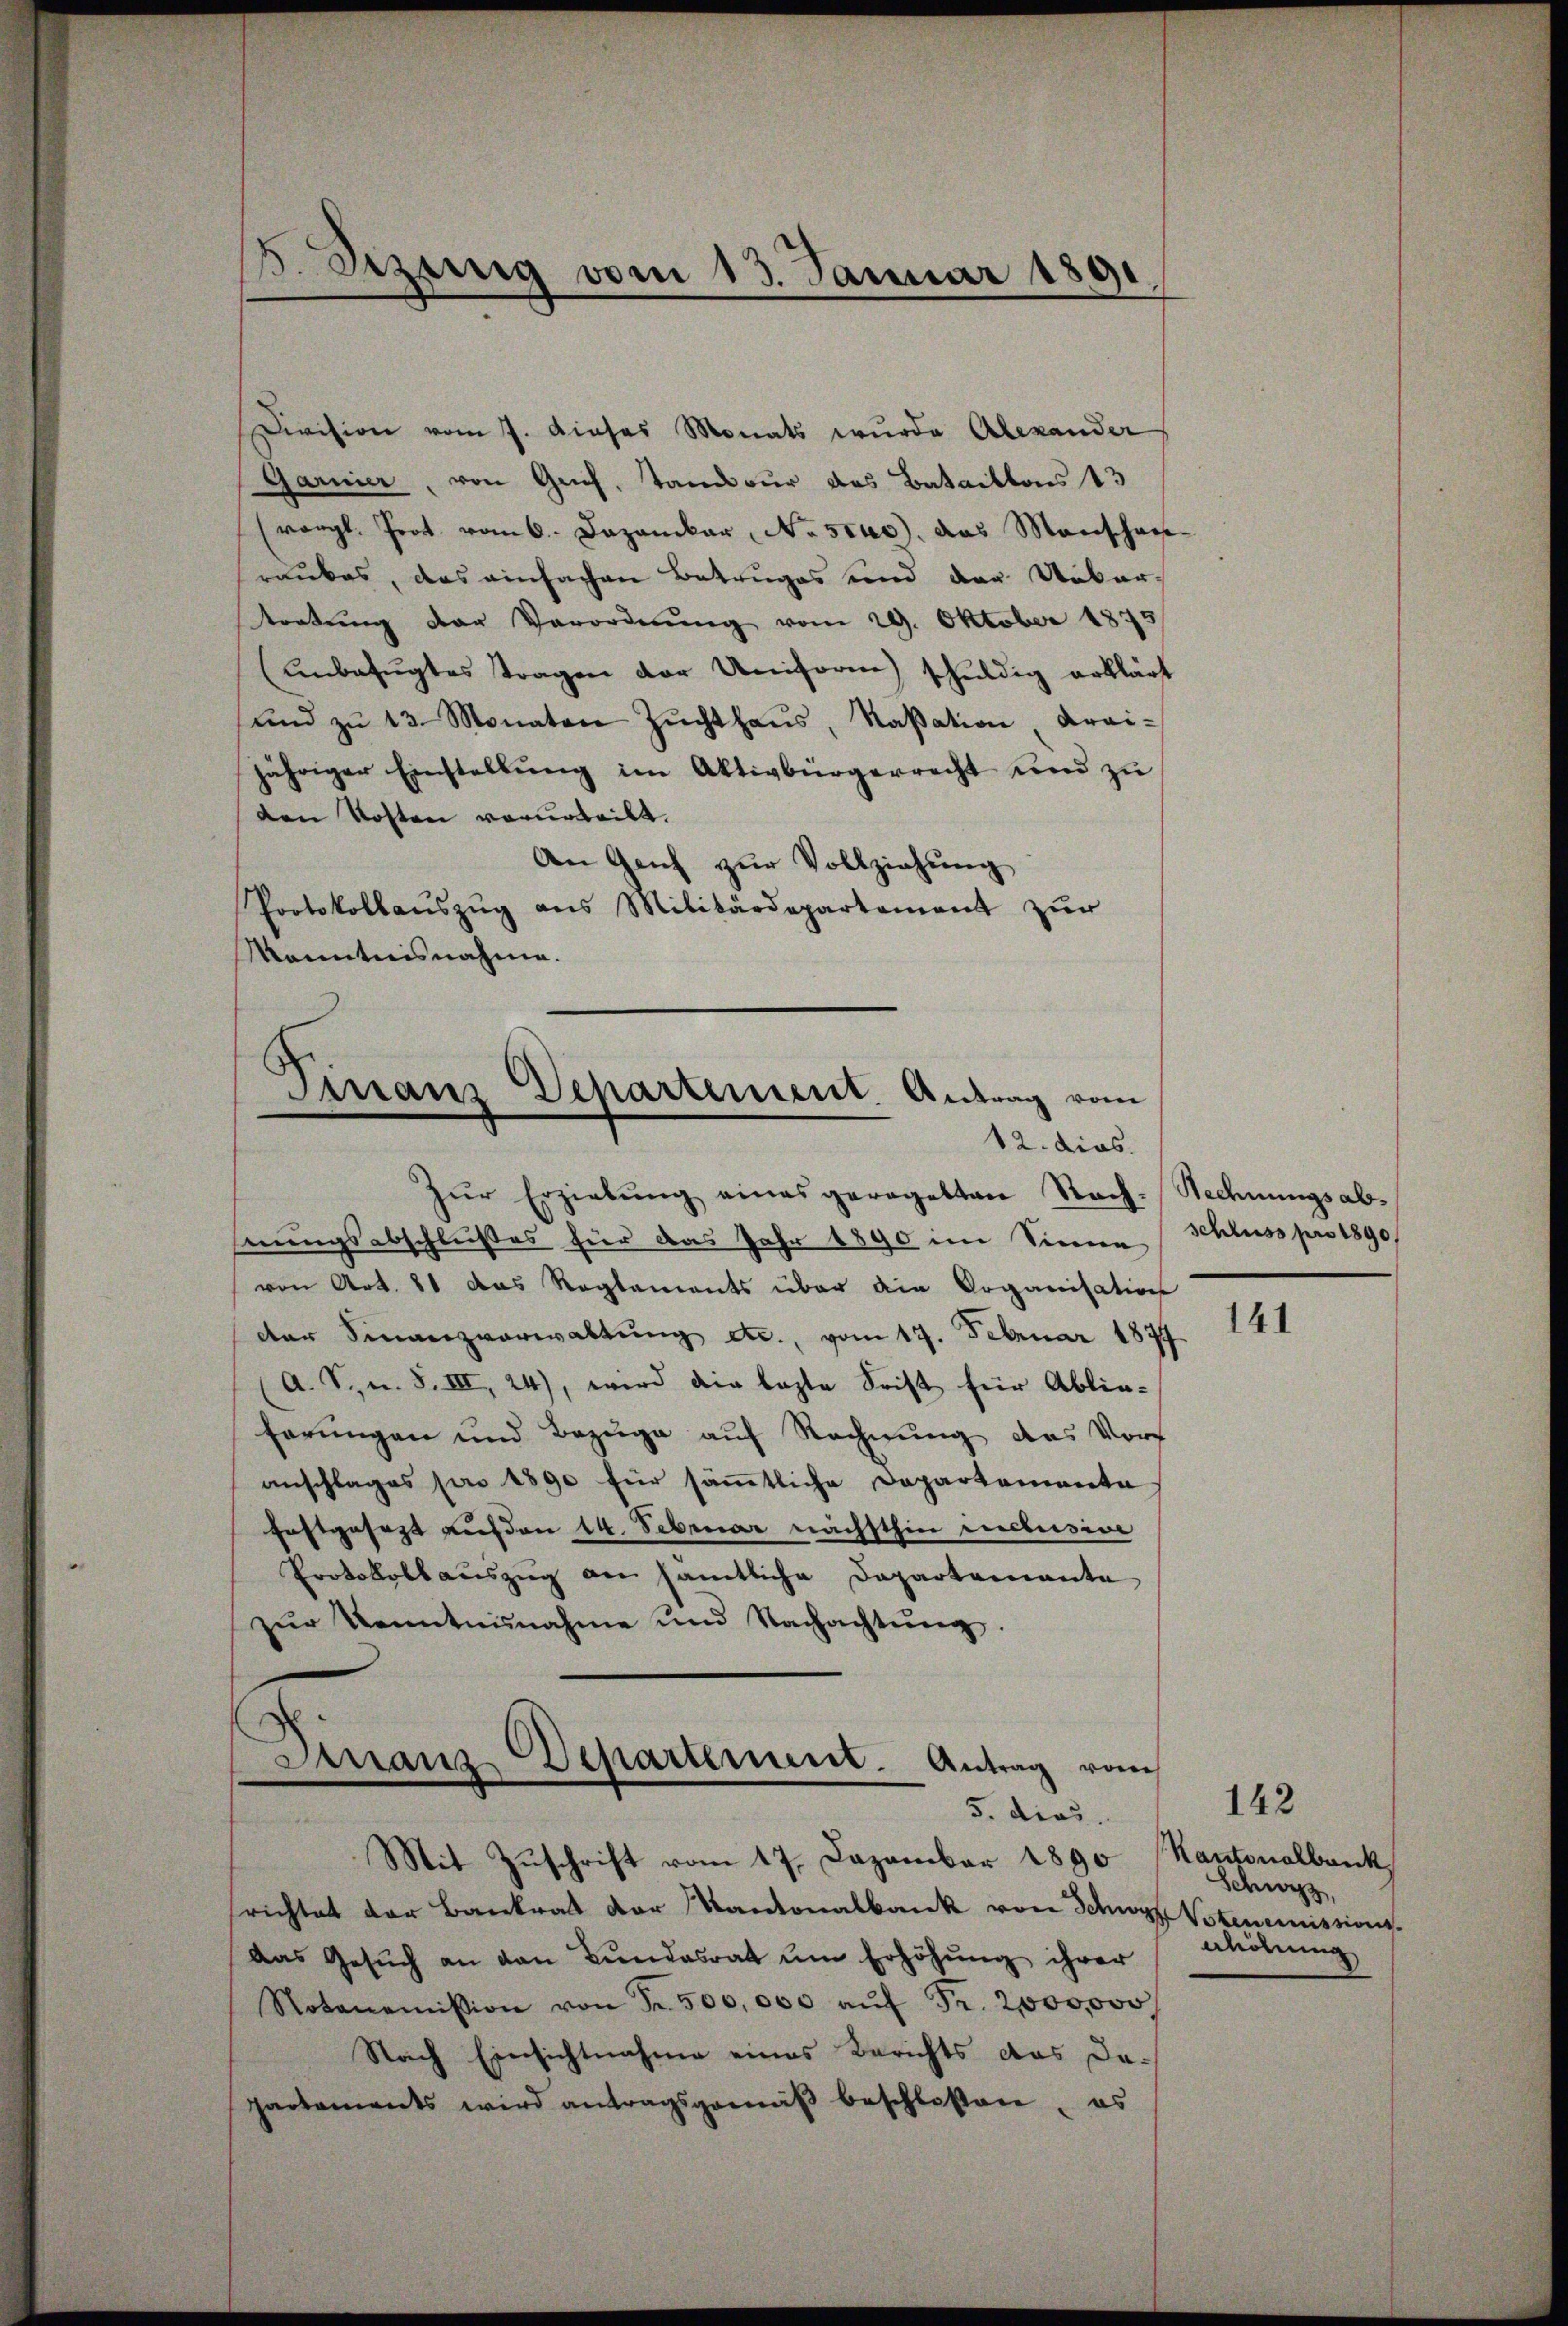
5. Szung vom 13. Januar 1891

Division vom 7. dieses Monats wurde Alexander
Garnier, von Grief, Tandeur das Bataillons 13
(vergl. Prot. vom 6. Dezember, No stue, das Manschanraubes, das einfachen Betruges und der Uebertortŭng der Verordnung vom 29. Oktober 1875
unbefugtes Tragen der Uniform schuldig erklärt
und zŭ 13 Monaten Zŭchthaŭs, Naßation Krai-
jähriger Einstellung im Aktivbürgerrecht und zu
den Kosten verurteilt.
An Genf zur Vollziehung
Protokollaŭszŭg ans Militärdepartement zŭr
Kenntnisnahme.

S
Firranz Departement. Antrag vom
12. dies

Finanz-Departement. Antrag vom
5. dies

zŭr Erziehŭng eines geregelten Nach-
nungsabschleißes für das Jahr 1890 im Sinne
von Art. 81 das Reglements über die Organisation
der Finanzverwaltŭng etc., vom 17. Februar 1877.
A. S. u. S. III, 24), wird die lezte Frist für Ablieherungen und Bezuge auf Rechnung des Vort
anschlages pro 1890 für sämmtliche Departementa
festgesezt außen 14. Februar nächsthin inclusive
Protokoll aŭszŭg an sämtliche Departemente
zŭr Kenntnisnahme und Nachachtŭng.

Mit Zŭschrift vom 17. Dezember 1890 Kantonalbank
richtet der Bankrat der Kantonalbank von Schwyz Votenemissions.
das Gesŭch an den Bŭndesrat ŭm Erhöhŭng ihrer
Notanoṁission von Fr. 500,000 aŭf Fr. 2,000,000
Nach Einsichtnahme eines Berichts das dapartaments wird antragsgemäβ beschlossen, es

Rechnungsabschluss pro 1890

Schwyz,
ahöhung

141

142